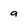
Character: a